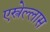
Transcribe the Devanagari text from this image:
एस्त्रेल्लास